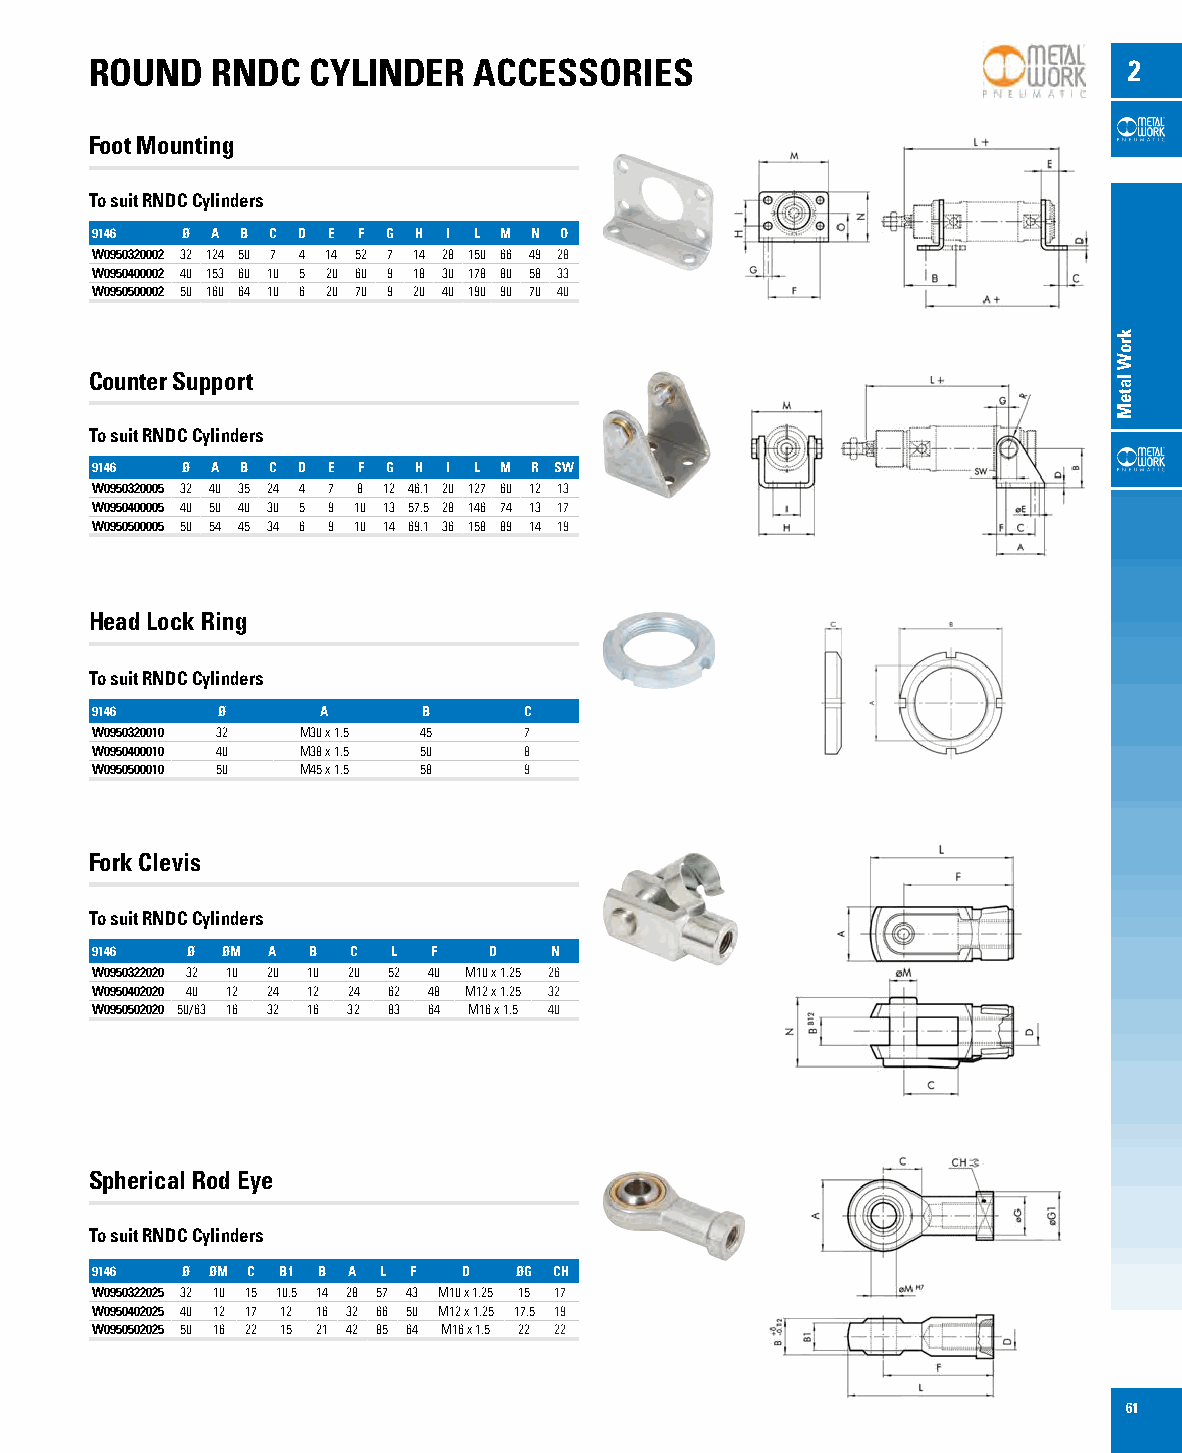
ROUND   RNDC  CYLINDER   ACCESSORIES                                 2
 Foot Mounting
 To suit RNDC Cylinders
 9146  Ø A B C D E F G H I L M N O
 W0950320002 32 124 50 7 4 14 52 7 14 28 150 66 49 28
 W0950400002 40 153 60 10 5 20 60 9 18 30 178 80 58 33
 W0950500002 50 160 64 10 6 20 70 9 20 40 190 90 70 40
 Counter Support
 To suit RNDC Cylinders
 9146  Ø A B C D E F G H I L M R SW
 W0950320005 32 40 35 24 4 7 8 12 46.1 20 127 60 12 13
 W0950400005 40 50 40 30 5 9 10 13 57.5 28 146 74 13 17
 W0950500005 50 54 45 34 6 9 10 14 69.1 36 158 89 14 19
 Head Lock Ring
 To suit RNDC Cylinders
 9146    Ø      A      B      C
 W0950320010 32 M30 x 1.5 45  7
 W0950400010 40 M38 x 1.5 50  8
 W0950500010 50 M45 x 1.5 58  9
 Fork Clevis
 To suit RNDC Cylinders
 9146  Ø  ØM A B  C  L  F  D   N
 W0950322020 32 10 20 10 20 52 40 M10 x 1.25 26
 W0950402020 40 12 24 12 24 62 48 M12 x 1.25 32
 W0950502020 50/63 16 32 16 32 83 64 M16 x 1.5 40
 Spherical Rod Eye
 To suit RNDC Cylinders
 9146  Ø ØM C B1 B A L F  D  ØG CH
 W0950322025 32 10 15 10.5 14 28 57 43 M10 x 1.25 15 17
 W0950402025 40 12 17 12 16 32 66 50 M12 x 1.25 17.5 19
 W0950502025 50 16 22 15 21 42 85 64 M16 x 1.5 22 22
 61
 kroW
 lateM